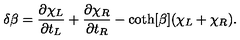
\delta \beta = \frac { \partial \chi _ { L } } { \partial t _ { L } } + \frac { \partial \chi _ { R } } { \partial t _ { R } } - \coth [ \beta ] ( \chi _ { L } + \chi _ { R } ) .